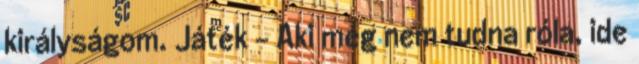
királyságom. Játék - Aki még nem tudna róla, ide